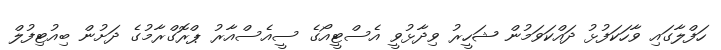
ހަފްލާގައި ވާހަކަފުޅު ދައްކަވަމުން ޝަހީރު ވިދާޅުވީ އެސްޓީއޯގެ ސީއެސްއާރު ޕްރޮގްރާމުގެ ދަށުން ބިއުޓިފުލް